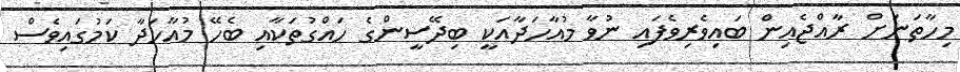
މިހާތަނަށް ރާއްޖެއިން ބައިވެރިވެފައި ނުވާ މުއާހަދާއަކީ ބިދޭސީންގެ ހައްގުތަކާއި ބެހޭ މުއާހަދާ ކަމުގައިވެސް